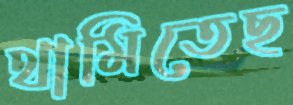
থামিতেছ